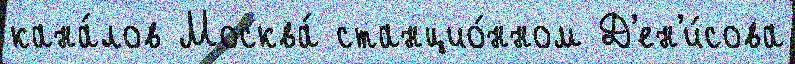
кана́лов Москва́ станцио́нном Д'ен'и́сова